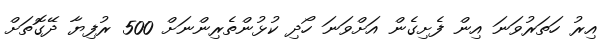
އިރު ހަތަރުވަނަ އިން ފެށިގެން އަށްވަނަ ހޯދި ކުޅުންތެރިންނަށް 500 ރުފިޔާ ދޭގޮތަށް